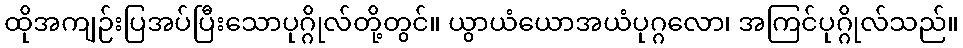
ထိုအကျဉ်းပြအပ်ပြီးသောပုဂ္ဂိုလ်တို့တွင်။ ယွာယံယောအယံပုဂ္ဂလော၊ အကြင်ပုဂ္ဂိုလ်သည်။